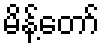
မိန့်တော်